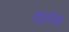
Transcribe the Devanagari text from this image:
पाइरिनी